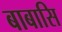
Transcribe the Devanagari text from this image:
बाबासि